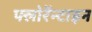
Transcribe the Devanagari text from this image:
फ्लोरेंन्टाइन